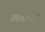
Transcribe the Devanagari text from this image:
छातीकडे